Statistical return of the lunatic asylum in Assam - 1912-1932
Year: 1912
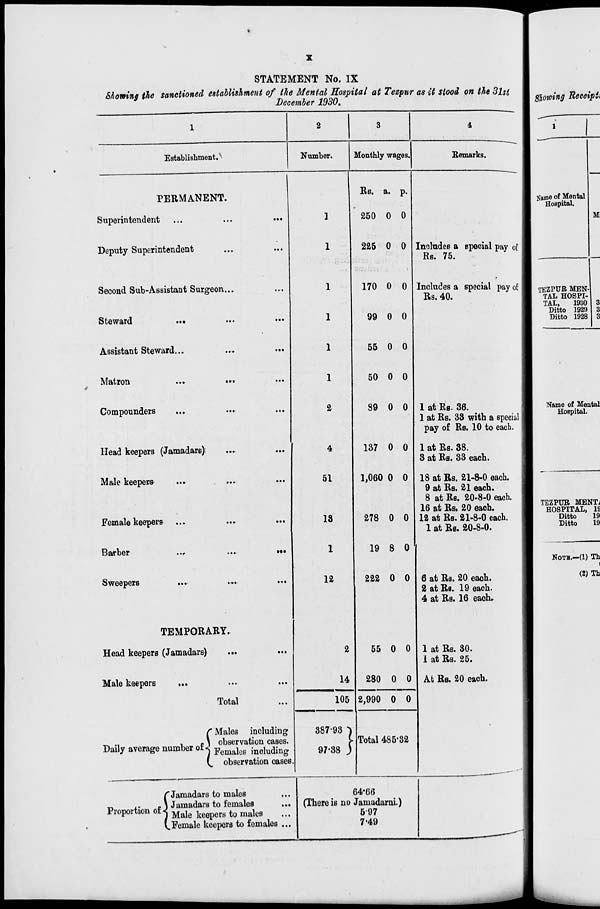
STATEMENT No. IX
Showing the sanctioned establishment of the Mental Hospital at Tezpur as it stood on the Bht
December 1930.
Establishment.'
PERMANENT.
Superintendent
Deputy Superintendent
Second Sub-Assistant Surgeon...
Steward
•■ ••
Assistant Steward...
Matron
...
•••
Compounders
Head keepers (Jamadars}
Male keepers
Female keepers
Barber
Sweepers
TEMPORARY.
Head keepers (Jamadars)
Male keepers
Total
2
Number.
Monthly wages,
C Males including
T^ .,
,
o \ observation cases.
Daily average number of I Femaleg ^o luding
V. observation cases.
C Jamadars to males
D« MU «^S M . «* J Jamadars to females
Proportion of I MaJe keeperg ^ malcg
#
V.Female keepers to females ...
Eemarks.
2
4
51
18
1
12
2
14
Rs. a. p.
250 0 0
225 0 0
170 0 0
99 0 0
55 0 0
50 0 0
39 0 0
137 0 0
1,060 0 0
278 0 0
19 8 0
222 0 0
Includes a special pay of
Rs. 75.
Includes a special pay of
Rs. 40.
1 at Rs- 36.
1 at Rs. 33 with a special
pay of Rs. 10 to each.
1 at Rs. 38.
3 at Rs. 33 each.
105
f'93 -\
•38 J
387-93
97
55 0 0
280 0 0
2,990 0 0
Total 485*32
6 at Rs. 20 eaoh.
2 at Rs. 19 each.
4 at Rs. 16 each.
1 at Rs. 30.
1 at Rs. 25.
At Rs. 20 each.
64-66
(There is no Jamadarni.)
697
7'49
Name of Mental
Hospital.
18 at Rs. 21-8-0 each.
1 -
9 at Rs. 21 each.
I
8 at Rs. 20-8-0 each. 1
16 at Rs. 20 eaoh.
1 TEZPUR MENTi
HOSPITAL, 19
12 at Rs. 21-8-0 each.
1
Ditto
19
1 at Rs. 20-8-0.
1
Ditto
19
MOTH.—(1) Th